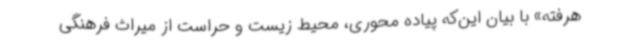
هرفته» با بیان این‌که پیاده محوری، محیط زیست و حراست از میراث فرهنگی